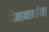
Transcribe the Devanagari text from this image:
दीनानाथांना